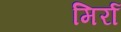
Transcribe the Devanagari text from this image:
मिर्रा